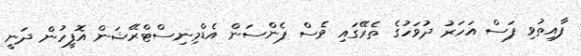
ފާއިތުވި ފަސް އަހަރު ދުވަހުގެ ތެރޭގައި ވެސް ޕެންސަން އެޑްމިނިސްޓްރޭޝަން އޮފީހުން ދަނީ